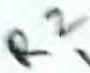
Text: R2